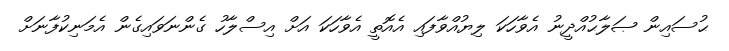
ޙުސައިން ޞަލާޙުއްދީނު އެވާހަކަ ލިޔުއްވާފައި އެއޮތީ އެވާހަކަ އަށް އިސްލާހު ގެންނަވައިގެން އެމަނިކުފާނަށް